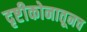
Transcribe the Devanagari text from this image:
दृष्टीकोनातूनच